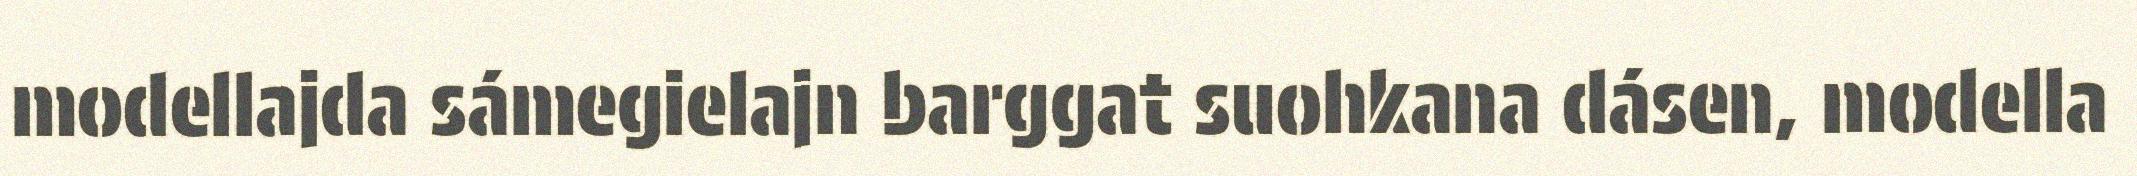
modellajda sámegielajn barggat suohkana dásen, modella